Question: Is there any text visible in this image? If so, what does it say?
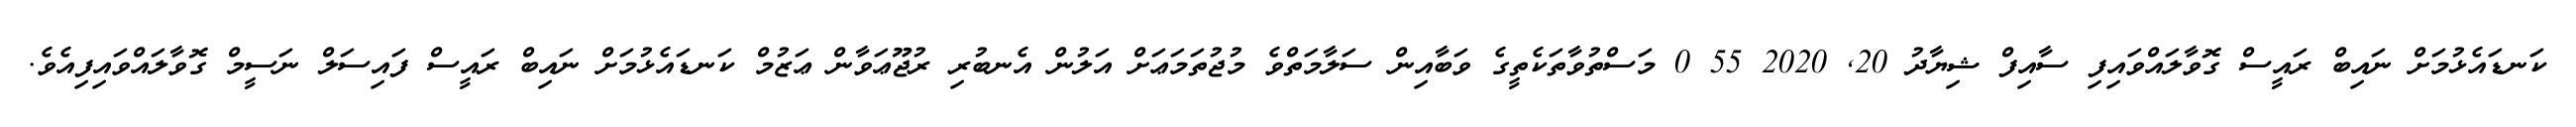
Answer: ކަނޑައެޅުމަށް ނައިބް ރައީސް ގޮވާލައްވައިފި ސާއިފް ޝިޔާދު 20, 2020 55 0 މަސްތުވާތަކެތީގެ ވަބާއިން ސަލާމަތްވެ މުޖުތަމަޢަށް އަލުން އެނބުރި ރުޖޫޢަވާން ޢަޒުމް ކަނޑައެޅުމަށް ނައިބް ރައީސް ފައިސަލް ނަސީމް ގޮވާލައްވައިފިއެވެ.